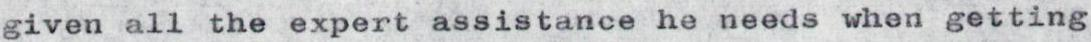
given all the expert assistance he needs when getting